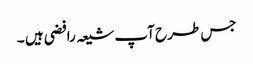
جس طرح آپ شیعہ رافضی ہیں ۔